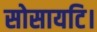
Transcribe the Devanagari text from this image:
सोसायटि।